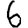
Digit: 6